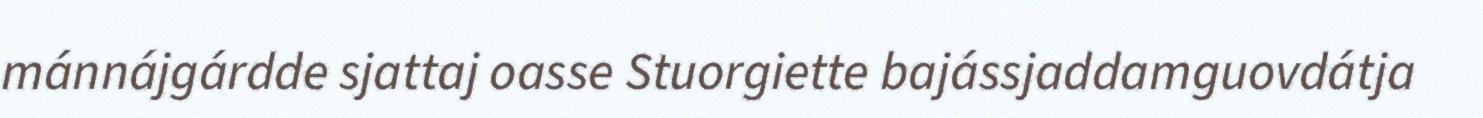
mánnájgárdde sjattaj oasse Stuorgiette bajássjaddamguovdátja